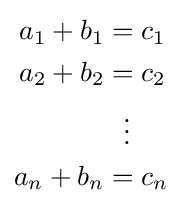
{\begin{aligned}a_{1}+b_{1}&=c_{1}\\a_{2}+b_{2}&=c_{2}\\&\ \ \vdots \\a_{n}+b_{n}&=c_{n}\end{aligned}}